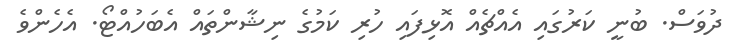
ދުވަސް. ބުނީ ކަރުގައި އެއްޗެއް އޮޅިފައި ހުރި ކަމުގެ ނިޝާންތައް އެބަހުއްޓޯ. އެހެންވެ